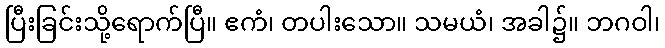
ပြီးခြင်းသို့ရောက်ပြီ။ ဧကံ၊ တပါးသော။ သမယံ၊ အခါ၌။ ဘဂဝါ၊